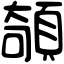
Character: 䫑